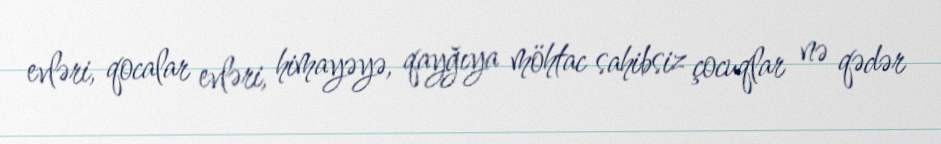
evləri, qocalar evləri, himayəyə, qayğıya möhtac sahibsiz çocuqlar nə qədər